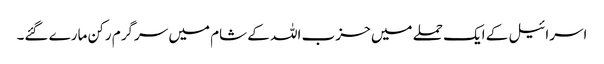
اسرائیل کے ایک حملے میں حزب اللہ کے شام میں سرگرم رکن مارے گئے۔